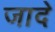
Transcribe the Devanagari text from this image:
जादे